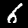
Label: 6